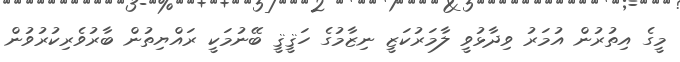
މީގެ އިތުރުން އުމަރު ވިދާޅުވީ ލާމަރުކަޒީ ނިޒާމުގެ ހަޤީޤީ ބޭނުމަކީ ރައްޔިތުން ބާރުވެރިކުރުވުން